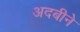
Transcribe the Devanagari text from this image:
अदबीने